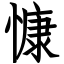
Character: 慷